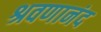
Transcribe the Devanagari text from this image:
श्रवणानंद